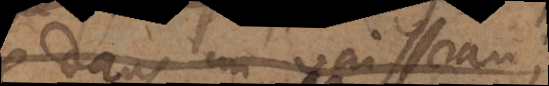
dans un vaisseau;